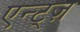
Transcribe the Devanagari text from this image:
एन्ट्ज़